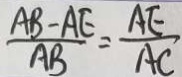
\frac { A B - A E } { A B } = \frac { A E } { A C }